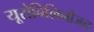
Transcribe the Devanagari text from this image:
यूरोबिलिनोजन